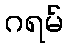
ဂရမ်